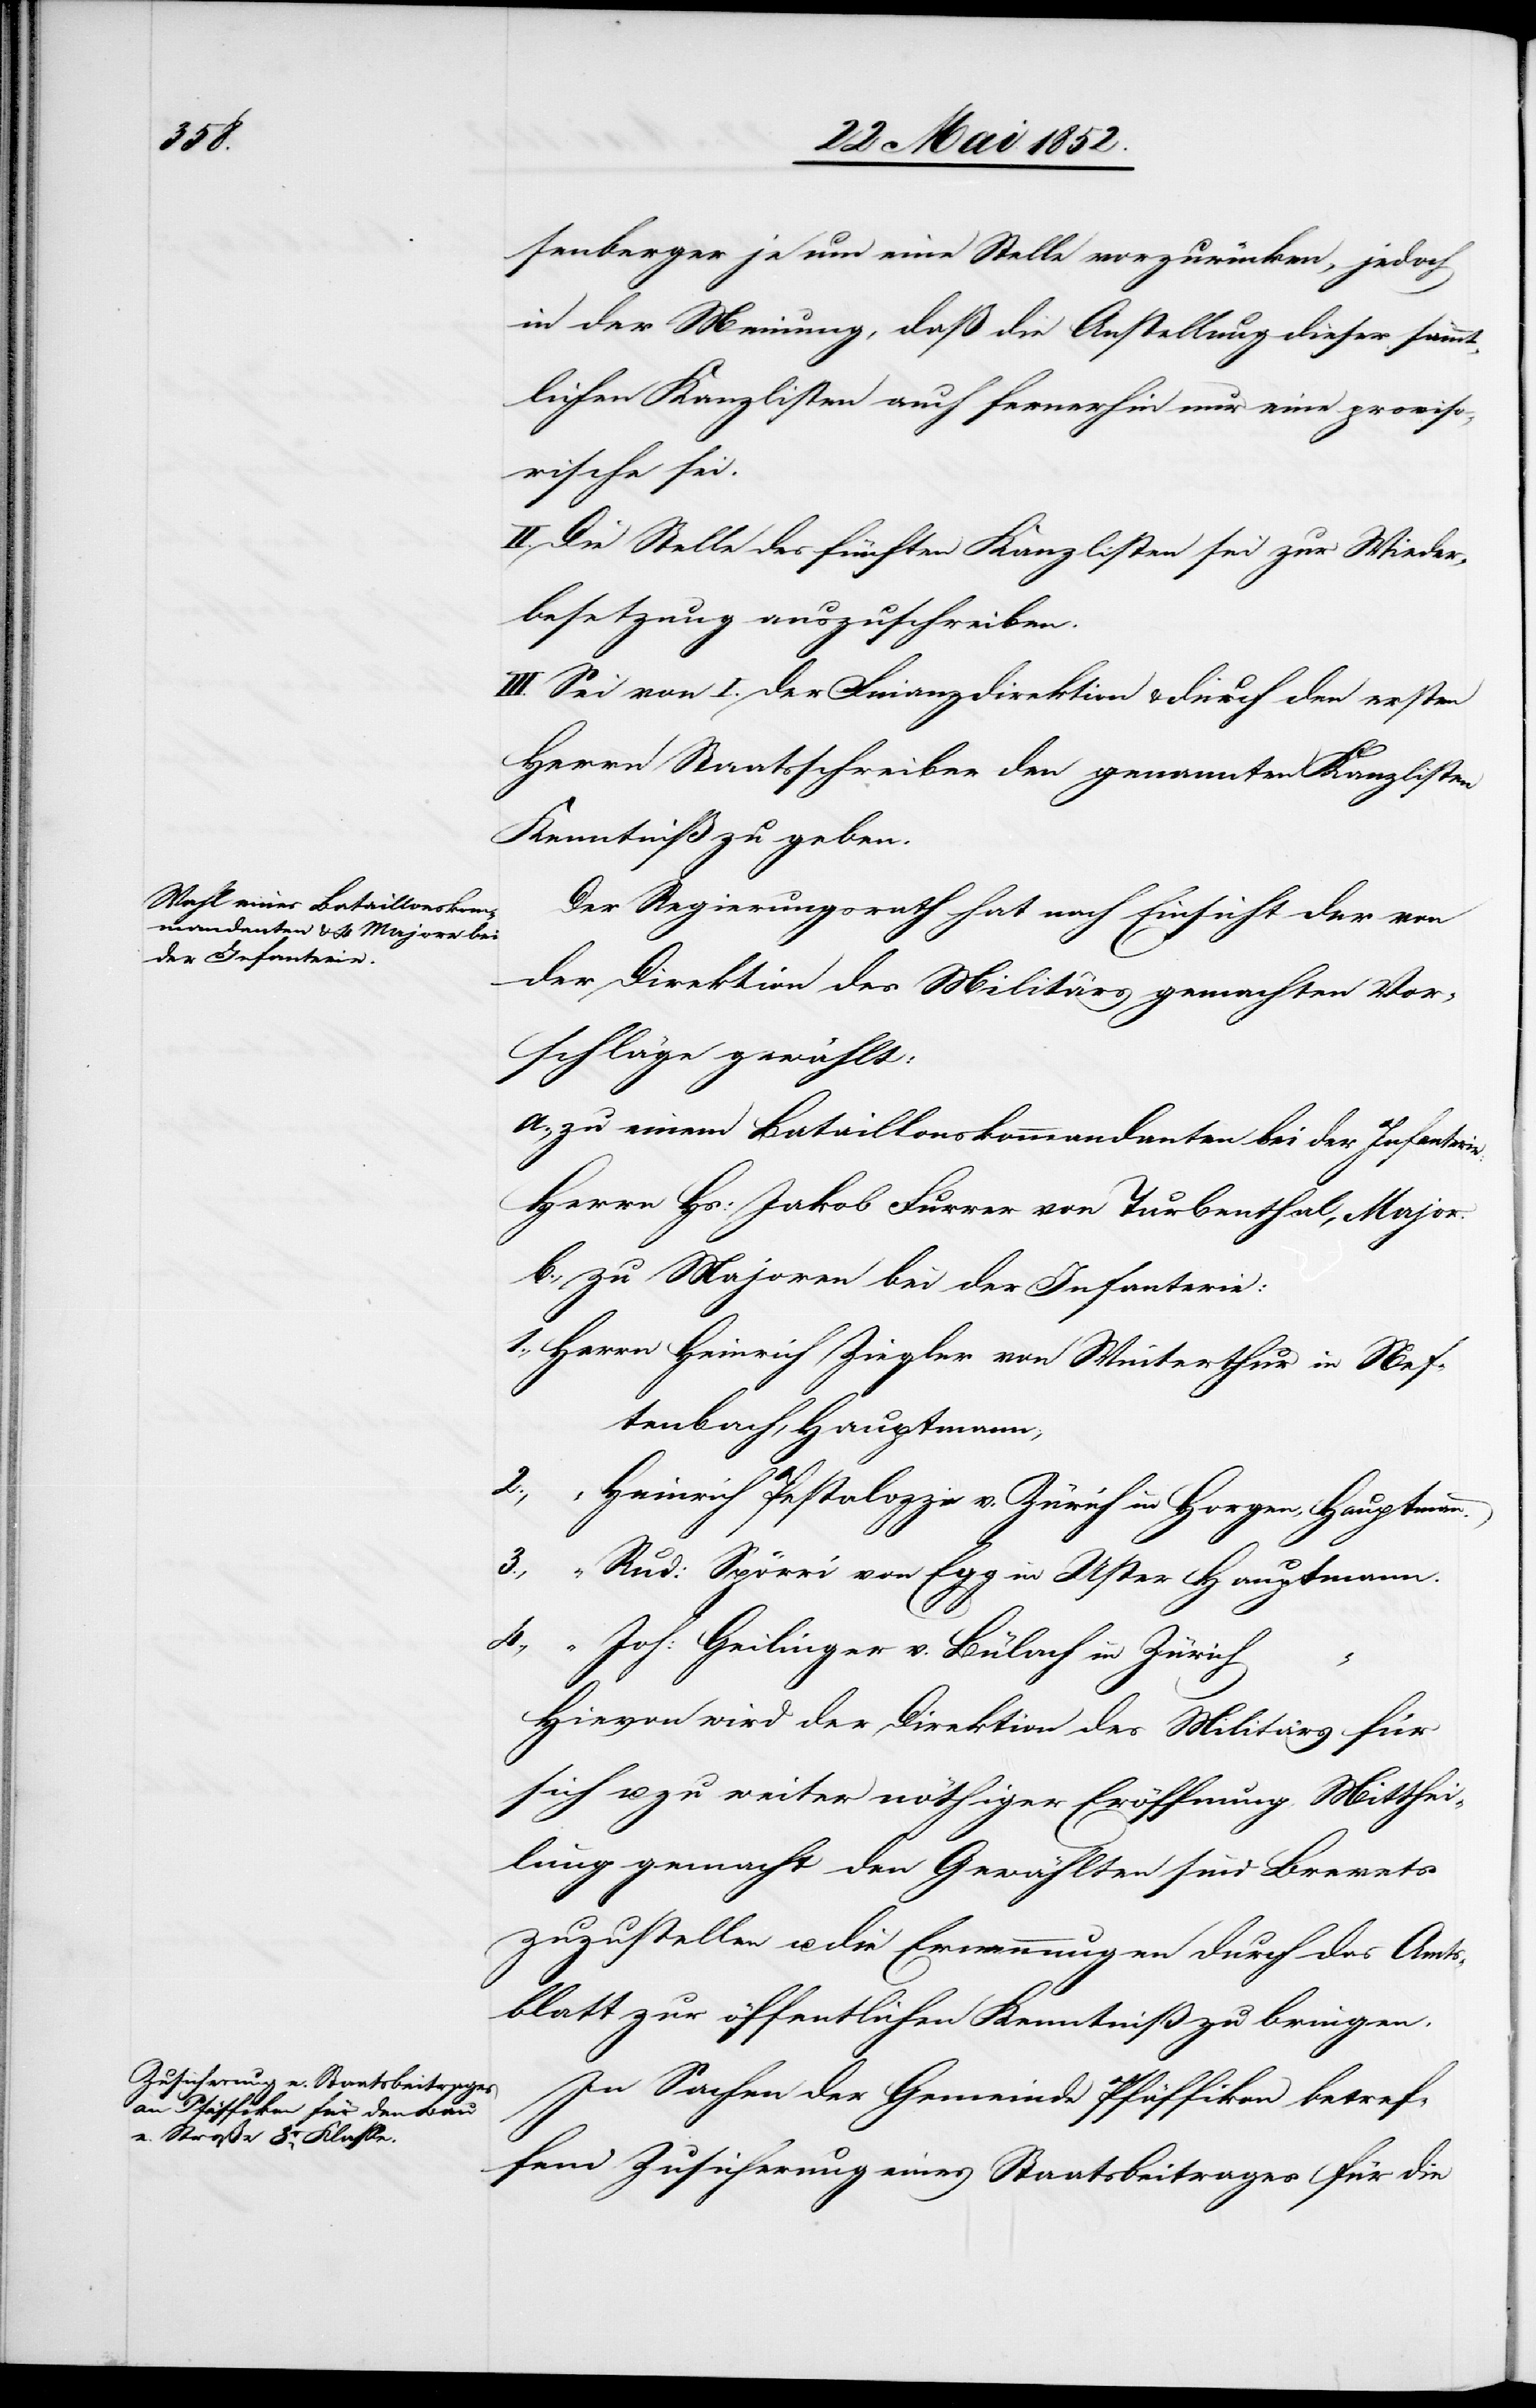
senberger je nun eine Stelle vorzurücken, jedoch
in der Meinung, daß die Anstellung dieser sämmt¬
lichen Kanzlisten auch fernerhin nur eine proviso¬
rische sei.
II. Die Stelle des fünften Kanzlisten sei zur Wieder¬
besetzung auszuschreiben.
III. Sei von I. der Finanzdirektion & durch den ersten
Herrn Staatsschreiber den genannten Kanzlisten
Kenntniß zu geben.
Der Regierungsrath hat nach Einsicht der von
der Direktion des Militärs gemachten Vor¬
schläge gewählt:
a., zu einem Bataillonskommandanten bei der Infanterie:
Herrn Hs: Jakob Furrer von Turbenthal, Major.
b., zu Majoren bei der Infanterie:
1., Herrn Heinrich Ziegler von Winterthur in Nef¬
tenbach, Hauptmann;
2., “ Heinrich Pestalozzi v. Zürich in Horgen, Hauptmann.
3., “ Rud: Spörri von Egg in Uster Hauptmann.
4., “ Joh: Geilinger v. Bülach in Zürich
“
Hievon wird der Direktion des Militärs für
sich u. zu weiter nöthiger Eröffnung Mitthei¬
lung gemacht[,] den Gewählten sind Brevets
zuzustellen u. die Ernennungen durch das Amts¬
blatt zur öffentlichen Kenntniß zu bringen.
In Sachen der Gemeinde Pfäffikon betref¬
fend Zusicherung eines Staatsbeitrages für die